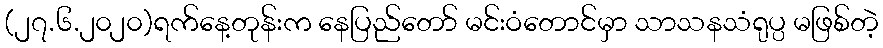
(၂၇.၆.၂၀၂၀)ရက်နေ့တုန်းက နေပြည်တော် မင်းဝံတောင်မှာ သာသနသံရုပ္ပ မဖြစ်တဲ့